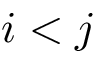
i < j